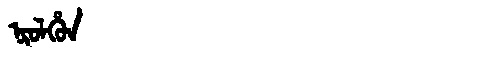
Manchu: ᠨᡳᠣᠯᡥᡠᠨ
Romanization: NIOLHUN